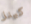
كينز